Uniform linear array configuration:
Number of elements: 16
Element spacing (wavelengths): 1
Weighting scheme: kaiser
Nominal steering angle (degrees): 30
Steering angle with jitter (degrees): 28.094
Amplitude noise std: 0.05
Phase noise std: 0.05

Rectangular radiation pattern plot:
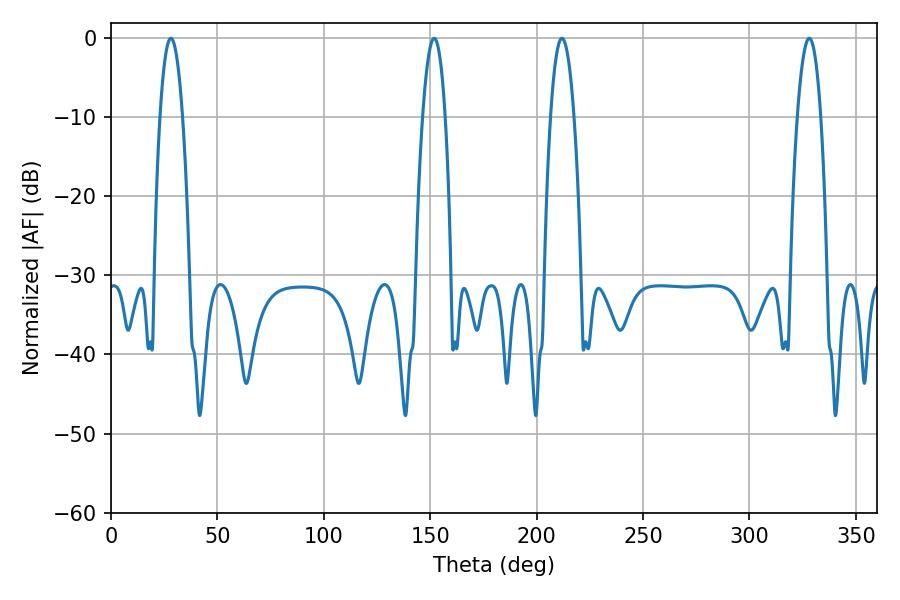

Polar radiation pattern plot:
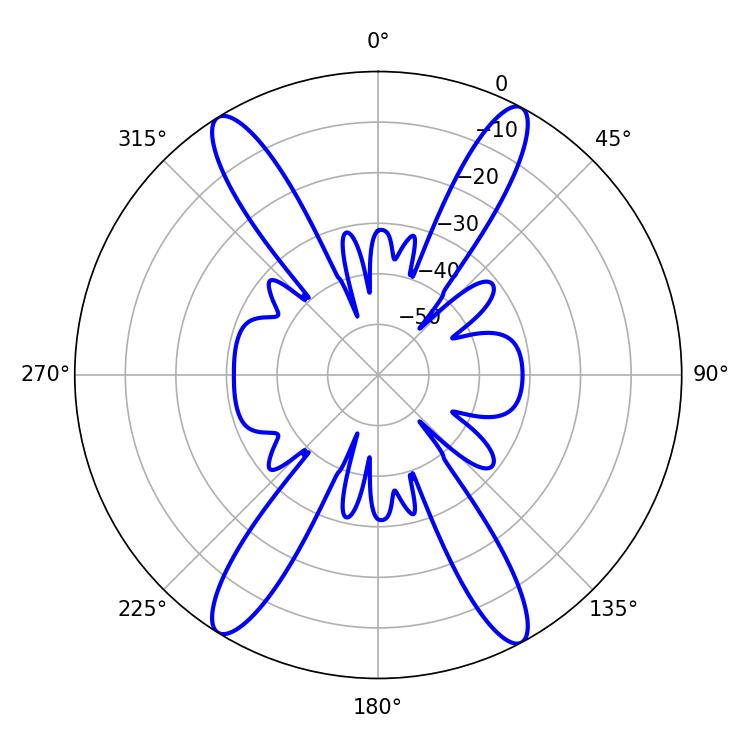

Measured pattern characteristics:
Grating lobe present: TRUE
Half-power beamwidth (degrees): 5.94
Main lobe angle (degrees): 211.86